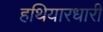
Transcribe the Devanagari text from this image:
हथियारधारी